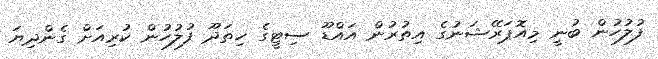
ފުލުހުން ބުނީ މިއޮޕަރޭޝަނުގެ އިތުރުން އައްޑޫ ސިޓީގެ ހިތަދޫ ފުލުހުން ކުރިއަށް ގެންދިޔަ